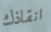
انقاذك